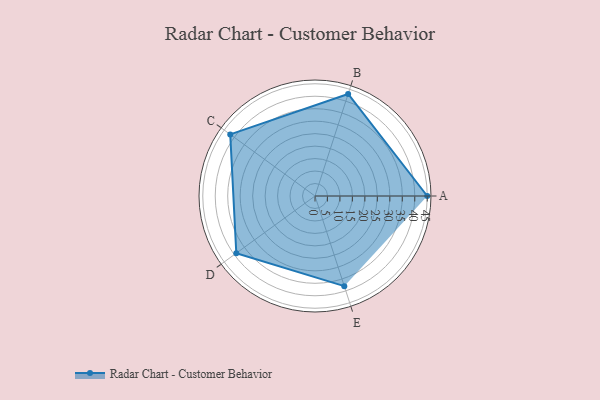
{"axis": {"x": "Skill", "y": "Score"}, "legend": ["Profile"], "data": [{"x": "A", "y": 45.0, "type": "Profile"}, {"x": "B", "y": 43.0, "type": "Profile"}, {"x": "C", "y": 42.0, "type": "Profile"}, {"x": "D", "y": 39.0, "type": "Profile"}, {"x": "E", "y": 38.0, "type": "Profile"}]}